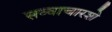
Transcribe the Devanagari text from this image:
सव्वाचारशे